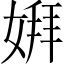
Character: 𫱋